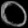
Digit: ၀